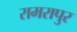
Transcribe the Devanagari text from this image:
रामरापुर